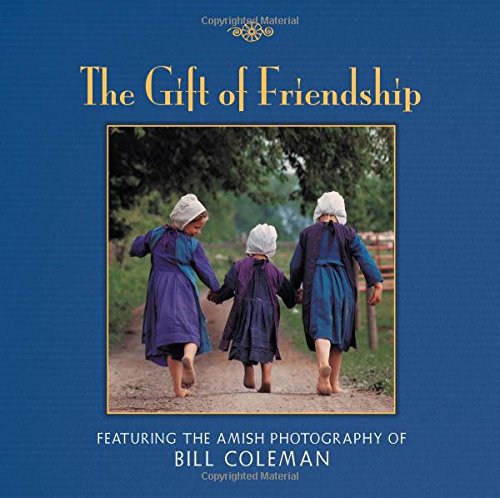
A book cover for The Gift of Friendship; Bill Coleman; Christian Books & Bibles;